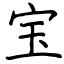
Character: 宝